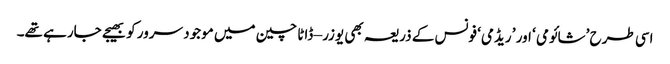
اسی طرح ’شائومی ‘ اور ’ ریڈمی‘ فونس کے ذریعہ بھی یوزر – ڈاٹا چین میں موجود سرور کو بھیجے جارہے تھے۔